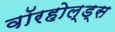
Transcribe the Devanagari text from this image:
वॉरहोल्ड्स